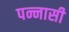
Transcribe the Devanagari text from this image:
पन्नासी